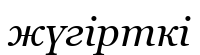
жүгірткі